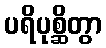
ပရိပုစ္ဆိတွာ